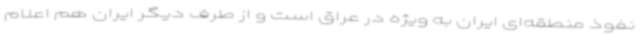
نفوذ منطقه‌ای ایران به ویژه در عراق است و از طرف دیگر ایران هم اعلام